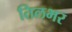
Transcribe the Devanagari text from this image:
तिलभर